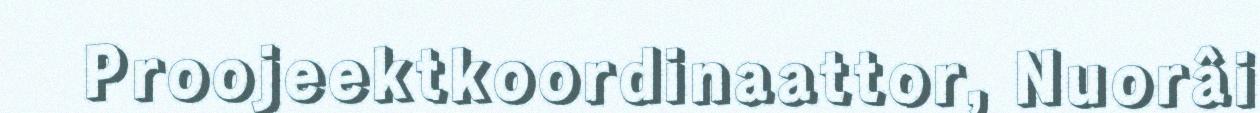
Proojeektkoordinaattor, Nuorâi